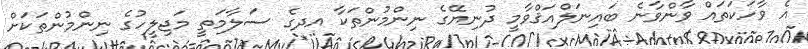
އެ ވާހަކަތައް ވާންވާނެ ބައިނަލްއަޤްވާމީ ދުނިޔޭގެ ނިންމުންތަކާ އދގެ ސަލާމަތީ މަޖިލީހުގެ ނިންމުންތަކަށް